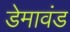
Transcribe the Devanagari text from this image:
डेमावंड